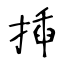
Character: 揷